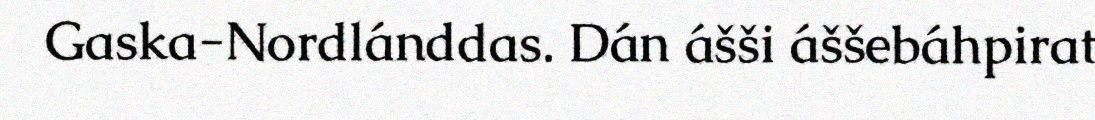
Gaska-Nordlánddas. Dán ášši áššebáhpirat